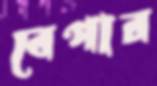
বেপার